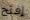
إفتح